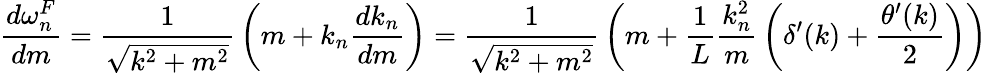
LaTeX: {\frac{d\omega_{n}^{F}}{dm}}={\frac{1}{\sqrt{k^{2}+m^{2}}}}\left(m+k_{n}{\frac{dk_{n}}{dm}}\right)={\frac{1}{\sqrt{k^{2}+m^{2}}}}\left(m+{\frac{1}{L}}{\frac{k_{n}^{2}}{m}}\left(\delta^{\prime}(k)+{\frac{\theta^{\prime}(k)}{2}}\right)\right)